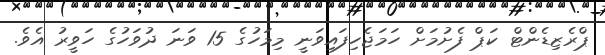
ޕްރެޒިޑެންޓް ކަޕް ފެށުމަށް ހަމަޖެހިފައިވަނީ މިމަހުގެ 15 ވަނަ ދުވަހުގެ ހަވީރު އެވެ.